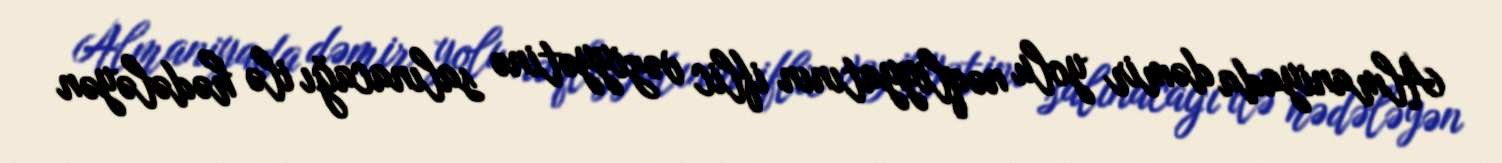
Almaniyada dəmir yolu nəqliyyatının iflic vəziyyətinə salınacağı ilə hədələyən